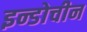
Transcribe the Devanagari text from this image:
इन्डोचीन